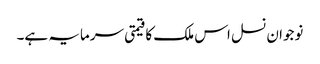
نوجوان نسل اس ملک کا قیمتی سرمایہ ہے۔